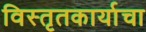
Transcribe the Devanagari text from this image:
विस्तृतकार्याचा